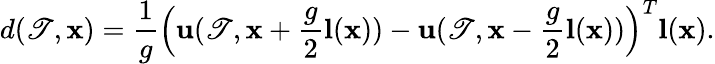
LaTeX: d(\mathscr{T},\mathbf{{x}})=\frac{{1}}{{g}}\Big(\mathbf{{u}}(\mathscr{T},\mathbf{{x}}+\frac{{g}}{{2}}\mathbf{{l}}(\mathbf{{x}}))-\mathbf{{u}}(\mathscr{T},\mathbf{{x}}-\frac{{g}}{{2}}\mathbf{{l}}(\mathbf{{x}}))\Big)^{T}\mathbf{{l}}(\mathbf{{x}}).